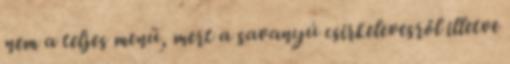
nem a teljes menü, mert a savanyú csirkelevesről illetve